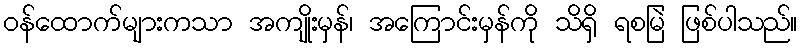
ဝန်ထောက်များကသာ အကျိုးမှန်၊ အကြောင်းမှန်ကို သိရှိ ရစမြဲ ဖြစ်ပါသည်။